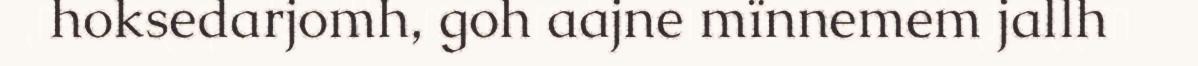
hoksedarjomh, goh aajne mïnnemem jallh